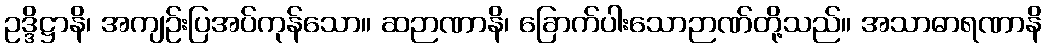
ဥဒ္ဒိဋ္ဌာနိ၊ အကျဉ်းပြအပ်ကုန်သော။ ဆဉာဏာနိ၊ ခြောက်ပါးသောဉာဏ်တို့သည်။ အသာဓာရဏာနိ